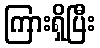
ကြားရှိပြီး